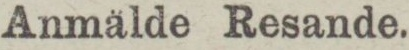
Anmälde Resande.